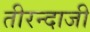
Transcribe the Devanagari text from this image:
तीरन्दाजी